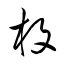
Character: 枚